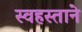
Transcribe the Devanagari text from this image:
स्वहस्ताने